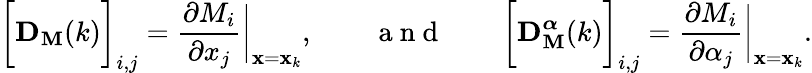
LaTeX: \bigg[\mathbf{D}_{\mathbf{M}}(k)\bigg]_{i,j}=\frac{\partial M_{i}}{\partial x_{j}}\bigg|_{\mathbf{x}=\mathbf{x}_{k}},\qquad\mathrm{~a~n~d~}\qquad\bigg[\mathbf{D}_{\mathbf{M}}^{\boldsymbol{\alpha}}(k)\bigg]_{i,j}=\frac{\partial M_{i}}{\partial\alpha_{j}}\bigg|_{\mathbf{x}=\mathbf{x}_{k}}.